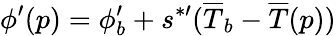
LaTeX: \phi^{\prime}(p)=\phi_{b}^{\prime}+s^{*\prime}(\overline{{T}}_{b}-\overline{{T}}(p))